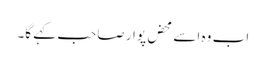
اب وہ اسے محض پوار صاحب کہے گا۔